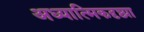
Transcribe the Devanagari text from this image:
अध्यात्मिकदृष्ट्या